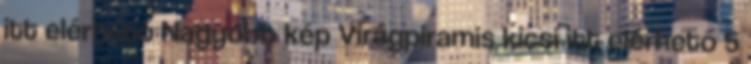
itt elérhető Nagyobb kép Virágpiramis kicsi itt elérhető 5